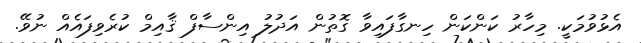
އެޅުވުމަކީ. މިހާރު ކަންކަން ހިނގާފައިވާ ގޮތުން އަދުލު އިންސާފް ޤާއިމް ކުރެވިފައެއް ނުވޭ.